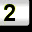
Digit: 2